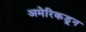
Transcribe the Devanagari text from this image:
अमेरिकडून